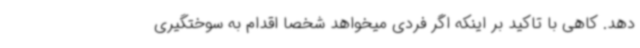
دهد. کاهی با تاکید بر اینکه اگر فردی میخواهد شخصا اقدام به سوختگیری